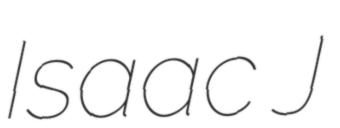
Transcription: Isaac J